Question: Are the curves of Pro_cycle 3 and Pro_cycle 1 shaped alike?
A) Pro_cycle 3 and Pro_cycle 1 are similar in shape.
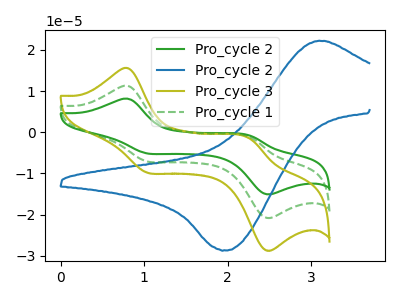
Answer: <think>The green curve "Pro_cycle 2" has anodic peaks at (0.80V, 22.55uA) (2.25V, -2.10uA) and cathodic peaks at (1.05V, -14.15uA) (2.45V, -41.45uA). The blue curve "Pro_cycle 2" has an anodic peak at (3.10V, 22.20uA) and a cathodic peak at (1.95V, -28.65uA). The olive curve "Pro_cycle 3" has anodic peaks at (0.80V, 15.55uA) (2.25V, -1.45uA) and cathodic peaks at (1.05V, -9.75uA) (2.45V, -28.65uA). The green dashed curve "Pro_cycle 1" has anodic peaks at (0.80V, 11.25uA) (2.25V, -1.05uA) and cathodic peaks at (1.05V, -7.10uA) (2.45V, -20.75uA).
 All the peaks in "Pro_cycle 3" have a peak in "Pro_cycle 1" at the same potential.</think>
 <answer>A) "Pro_cycle 3" and "Pro_cycle 1" are similar in shape.</answer>
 <eval>A</eval>